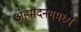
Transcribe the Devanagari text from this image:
अहमदनगमध्ये